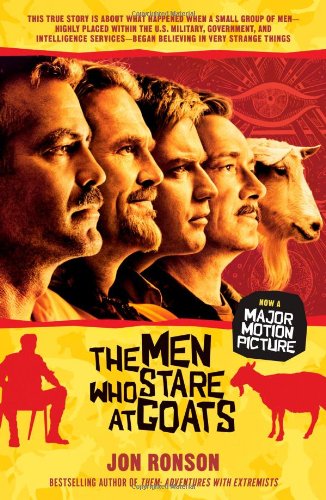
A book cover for The Men Who Stare at Goats; Jon Ronson; History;